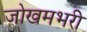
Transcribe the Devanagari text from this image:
जोखमभरी